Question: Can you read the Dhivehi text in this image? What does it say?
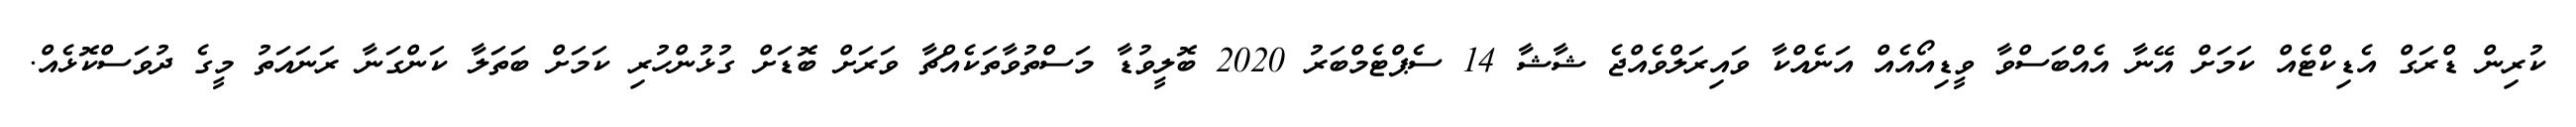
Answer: ކުރިން ޑްރަގް އެޑިކްޓެއް ކަމަށް އޭނާ އެއްބަސްވާ ވީޑިއޯއެއް އަނެއްކާ ވައިރަލްވެއްޖެ ޝާޝާ 14 ސެޕްޓެމްބަރު 2020 ބޮލީވުޑާ މަސްތުވާތަކެއްޗާ ވަރަށް ބޮޑަށް ގުޅުންހުރި ކަމަށް ބަތަލާ ކަންގަނާ ރަނައަތު މީގެ ދުވަސްކޮޅެއް.